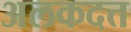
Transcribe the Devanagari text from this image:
अलकदत्त